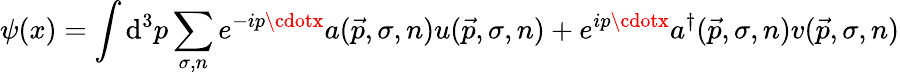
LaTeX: \psi(x)=\int\mathrm{d}^{3}p\sum_{\sigma,n}e^{-ip\cdotx}a({\vec{{p}}},\sigma,n)u({\vec{{p}}},\sigma,n)+e^{ip\cdotx}a^{\dagger}({\vec{{p}}},\sigma,n)v({\vec{{p}}},\sigma,n)